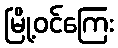
မြို့ဝင်ကြေး